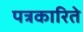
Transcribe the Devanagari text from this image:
पत्रकारिते